Vaccination in the Punjab 1905-1918 - 1905-1918
Year: 1905
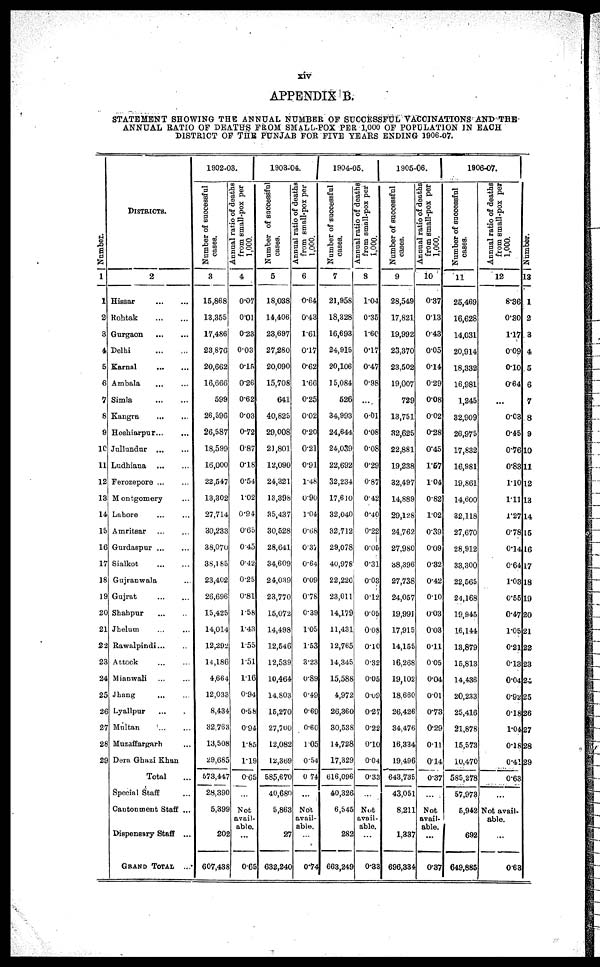
xiv
APPENDIX B.
STATEMENT SHOWING THE ANNUAL NUMBER OF SUCCESSFUL VACCINATIONS AND THE
ANNUAL RATIO OF DEATHS FROM SMALL-POX PER 1,000 OF POPULATION IN EACH
DISTRICT OF THE PUNJAB FOR FIVE YEARS ENDING 1906-07.
Number.
1
1
2
3
4
5
6
7
8
9
10
11
12
13
14
15
16
17
18
19
20
21
22
23
24
25
26
27
28
29
DISTRICTS.
2
Hissar
...
...
Rohtak
...
...
Gurgaon
...
...
Delhi
...
...
Karnal
...
...
Ambala ... ...
Simla
...
...
Kangra
...
...
Hoshiarpur ... ...
Jullundur
...
...
Ludhiana ... ...
Ferozepore ... ...
Montgomery ...
Lahore ... ...
Amritsar ... ...
Gurdaspur ... ...
Sialkot
...
...
Gujranwala ...
Gujrat ... ...
Shahpur ... ...
Jhelum ... ...
Rawalpindi... ...
Attock
...
...
Mianwali ... ...
Jhang ... ...
Lyallpur ... ...
Multan
...
...
Muzaffargarh ...
Dera Ghazi Khan
Total ...
Special Staff ...
Cantonment Staff ...
Dispensary Staff ...
GRAND TOTAL
...
1902-03.
Number of successful
cases.
3
15,868
13,355
17,486
23,876
20,662
16,666
599
26,596
26,587
18,599
16,000
22,547
13,302
27,714
30,233
38,070
38,185
23,402
26,696
15,425
14,014
12,292
14,186
4,664
12,033
8,434
32,763
13,508
29,685
573,447
28,390
5,399
202
607,438
Annual ratio of deaths
from small-pox per
1,000.
4
0.07
0.01
0.23
0.03
0.15
0.26
0.62
0.03
0.72
0.87
0.18
0.54
1.02
0.94
0.65
0.45
0.42
0.25
0.81
1.58
1.43
1.55
1.51
1.16
0.94
0.58
0.94
1.85
1.19
0.65
...
Not
avail
able.
...
0.65
1903-04.
Number of successful
cases.
5
18,038
14,406
23,697
27,280
20,090
15,708
641
40,825
29,008
21,801
12,090
24,321
13,398
35,437
30,528
28,641
34,609
24,039
23,770
15,072
14,498
12,546
12,539
10,464
14,803
15,270
27,700
12,082
12,369
585,670
40,680
5,863
27
682,240
Annual ratio of deaths
from small-pox per
1,000.
6
0.64
0.43
1.61
0.17
0.62
1.66
0.25
0.02
0.20
0.21
0.91
1.48
0.90
1.04
0.68
0.37
0.64
0.09
0.78
0.39
1.05
1.53
3.23
0.89
0.49
0.69
0.60
1.05
0.54
0.74
...
Not
avail-
able.
...
0.74
1904-05.
Number of successful
cases.
7
21,958
18,328
16,693
24,915
20,106
15,084
526
34,993
24,644
24,039
22,692
32,234
17,610
32,040
32,712
29,078
40,978
22,220
23,011
14,179
11,431
12,765
14,345
15,588
4,972
26,360
30,538
14,728
17,329
616,096
40,326
6,545
282
663,249
Annual ratio of deaths
from small-pox per
1,000.
8
1.04
0.35
1.60
0.17
0.47
0.98
...
0.01
0.08
0.08
0.29
0.87
0.42
0.40
0.22
0.05
0.31
0.03
0.12
0.05
0.08
0.10
0.32
0.05
0.09
0.27
0.22
0.10
0.04
0.33
...
Not
avail-
able.
...
0.33
1905-06.
Number of successful
cases.
9
28,549
17,821
19,992
23,370
23,502
19,007
729
13,751
32,625
22,881
19,238
32,497
14,889
29,128
24,762
27,980
38,396
27,738
24,057
19,991
17,915
14,155
16,268
19,102
18,660
26,426
34,476
16,334
19,496
643,735
43,051
8,211
1,337
696,334
Annual ratio of deaths
from small-pox per
1,000.
10
0.37
0.13
0.43
0.05
0.14
0.29
0.08
0.02
0.28
0.45
1.57
1.04
0.82
1.02
0.39
0.09
0.32
0.42
0.10
0.03
0.03
0.11
0.05
0.04
0.01
0.73
0.29
0.11
0.14
0.37
...
Not
avail-
able.
...
0.37
1906-07.
Number of successful
cases.
11
25,469
16,628
14,031
20,914
18,332
16,981
1,245
32,909
26,975
17,832
16,981
19,861
14,600
32,118
27,670
28,912
33,300
22,565
24,168
19,945
16,144
13,879
15,813
14,436
20,233
25,416
21,878
15,573
10,470
585,278
57,973
5,942
692
649,886
Annual ratio of deaths
from small-pox per
1,000.
12
8.36
0.30
1.17
0.09
0.10
0.64
...
0.03
0.45
0.76
0.83
1.10
1.11
1.27
0.78
0.14
0.64
1.03
0.55
0.47
1.05
0.21
0.13
0.04
0.92
0.18
1.04
0.18
0.41
0.63
...
Not avail-
able.
...
0.63
Number.
13
1
2
3
4
5
6
7
8
9
10
11
12
13
14
15
16
17
18
19
20
21
22
23
24
25
26
27
28
29